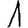
Digit: 1